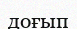
доғып